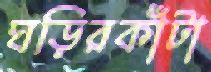
ঘড়িরকাঁটা